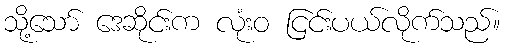
သို့သော် ဒေဆိုင်းက လုံးဝ ငြင်းပယ်လိုက်သည်။